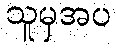
သူမှအပ